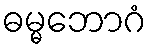
ဓမ္မဘောဂံ